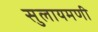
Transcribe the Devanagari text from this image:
सुलायमणी